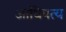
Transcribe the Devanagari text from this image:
अाधिपत्य